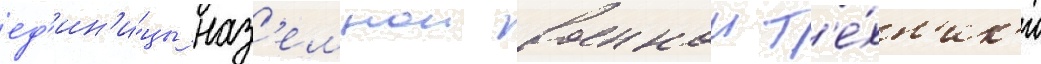
ед'ин'и́цы наз'емнои военнои т'е́хн'ик'и